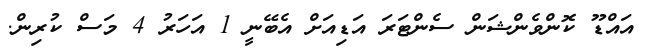
އައްޑޫ ކޮންވެންޝަން ސެންޓަރަ އަޑިއަށް އެބޭނީ 1 އަހަރު 4 މަސް ކުރިން.